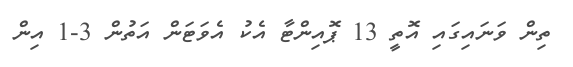
ތިން ވަނައިގައި އޮތީ 13 ޕޮއިންޓާ އެކު އެވަޓަން އަތުން 3-1 އިން